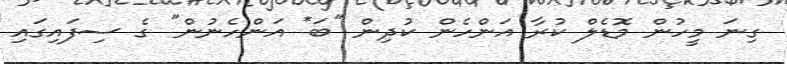
ގިނަ މީހުން މޮޑެލް ކުރާ އަންހެން ކުދިން "ބަ* އަންހެނުން" ގެ ސިފައިގައި